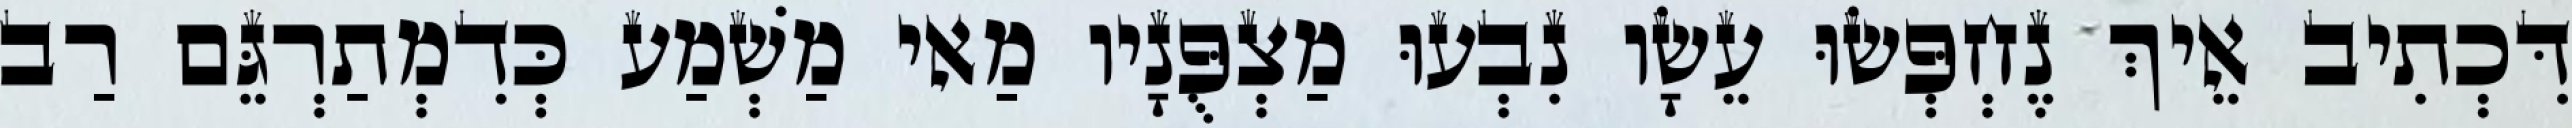
דִּכְתִיב אֵיךְ נֶחְפְּשׂוּ עֵשָׂו נִבְעוּ מַצְפֻּנָיו מַאי מַשְׁמַע כְּדִמְתַרְגֵּם רַב